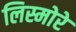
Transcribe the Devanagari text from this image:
लिस्मोरे